Lunatic asylums Central Provinces reports 1874-1885 - 1874-1885
Year: 1874
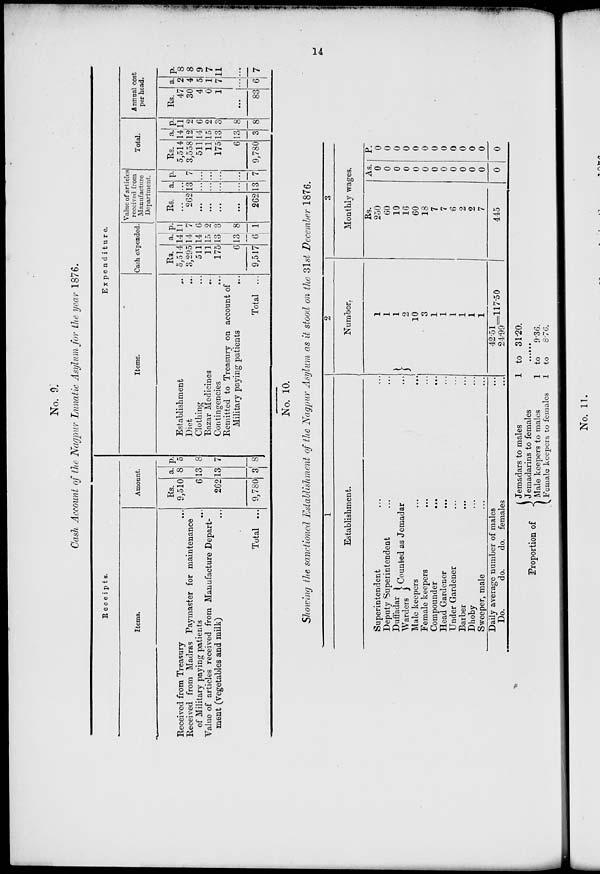
14
No. 9.
Cash Account of the Nagpur Lunatic Asylum for the year 1876.
Receipts.
Items.
Received from Treasury ...
Received from Madras Paymaster for maintenance
of Military paying patients ...
Value of articles received from Manufacture Depart-
ment (vegetables and milk) ...
Total ...
Amount.
Rs.
9,510
6
262
9,780
a.
8
13
13
3
p.
5
8
7
8
Expenditure.
Items.
Establishment ...
Diet
...
...
Clothing ...
Bazar Medicines
...
...
Contingencies ...
Remitted to Treasury on account of
Military paying patients
...
Total ...
Cash expended.
Rs.
5,514
3,295
511
11
175
6
9,517
a
14
14
14
15
13
13
6
p.
11
7
6
2
3
8
1
Value of articles
received from
Manufacture
Department.
Rs.
...
262
...
...
...
...
262
a.
...
13
...
...
...
...
13
p.
...
7
...
...
...
...
7
Total.
Rs.
5,514
3,558
511
11
175
6
9,780
a.
14
12
14
15
13
13
3
p.
11
2
6
2
3
8
8
Annual cost
per head.
Rs.
47
30
4
0
1
...
83
a.
2
4
5
1
7
...
6
p.
8
8
9
7
11
...
7
No. 10.
Showing the sanctioned Establishment of the Nagpur Asylum as it stood on the 31st December 1876.
1
Establishment.
Superintendent ... ...
Deputy Superintendent ... ...
Duffadar
Warders
Counted as Jemadar ...
Male keepers ... ...
Female keepers ... ...
Compounder
...
...
Head Gardener ... ...
Under Gardener ... ...
Barber ... ...
Dhoby ...
Sweeper, male ... ...
Daily average number of males ...
Do.
do.
do. females ...
2
Number.
1
1
1
2
10
3
1
1
1
1
1
1
42.51
24.99 117.50
3
Monthly wages.
Rs.
250
60
10
16
60
18
7
7
6
2
2
7
445
As.
0
0
0
0
0
0
0
0
0
0
0
0
0
P.
0
0
0
0
0
0
0
0
0
0
0
0
0
Proportion of
Jemadars to males
Jemadarins to females
Male keepers to males
Female keepers to females
1 to 31.20.
......
1 to
9.36.
1 to
8.76.